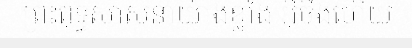
ព្រះពុទ្ធសាសនាយ៉ាងខ្លាំង អ៊ីចឹងហើយ